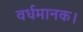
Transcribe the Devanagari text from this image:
वर्धमानक।